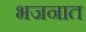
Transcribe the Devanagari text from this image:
भजनात